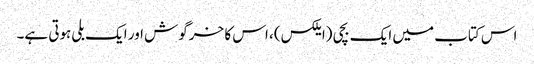
اس کتاب میں ایک بچی (ایلکس)، اس کا خرگوش اور ایک بلی ہوتی ہے۔